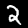
Digit: 2